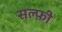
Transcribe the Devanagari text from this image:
सल्फ़ी